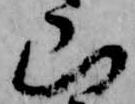
山